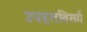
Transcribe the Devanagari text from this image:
उपहतविसर्ग